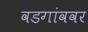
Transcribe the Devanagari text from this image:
वडगांववर